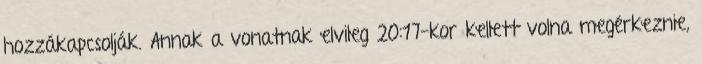
hozzákapcsolják. Annak a vonatnak elvileg 20:17-kor kellett volna megérkeznie,